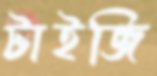
টাইজি